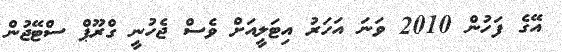
އޭގެ ފަހުން 2010 ވަަނަ އަހަރު އިޓަލީއަށް ވެސް ޖެހުނީ ގްރޫޕް ސްޓޭޖުން